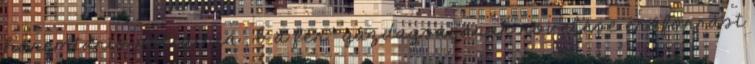
háremtartó poligínia ; b a férﬁ gazdagságának növelése erőforrást